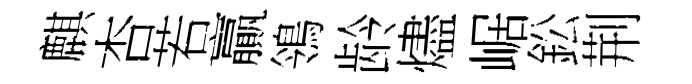
麒杏若贏鴒龄燼崌鈆荆